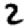
Digit: 2